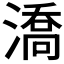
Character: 𣾷